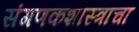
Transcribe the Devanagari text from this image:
संगणकशास्त्राचा